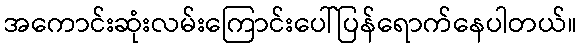
အကောင်းဆုံးလမ်းကြောင်းပေါ်ပြန်ရောက်နေပါတယ်။